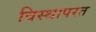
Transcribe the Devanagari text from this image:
विस्थापरत